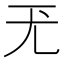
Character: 𡯊